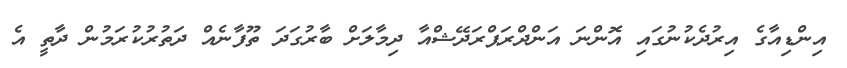
އިންޑިއާގެ އިރުދެކުނުގައި އޮންނަ އަންދްރަޕްރަދޭޝްއާ ދިމާލަށް ބާރުގަދަ ތޫފާނެއް ދަތުރުކުރަމުން ދާތީ އެ